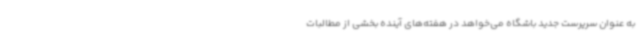
به عنوان سرپرست جدید باشگاه می‌خواهد در هفته‌های آینده بخشی از مطالبات